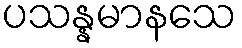
ပသန္နမာနသေ